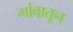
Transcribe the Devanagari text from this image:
गांवातून